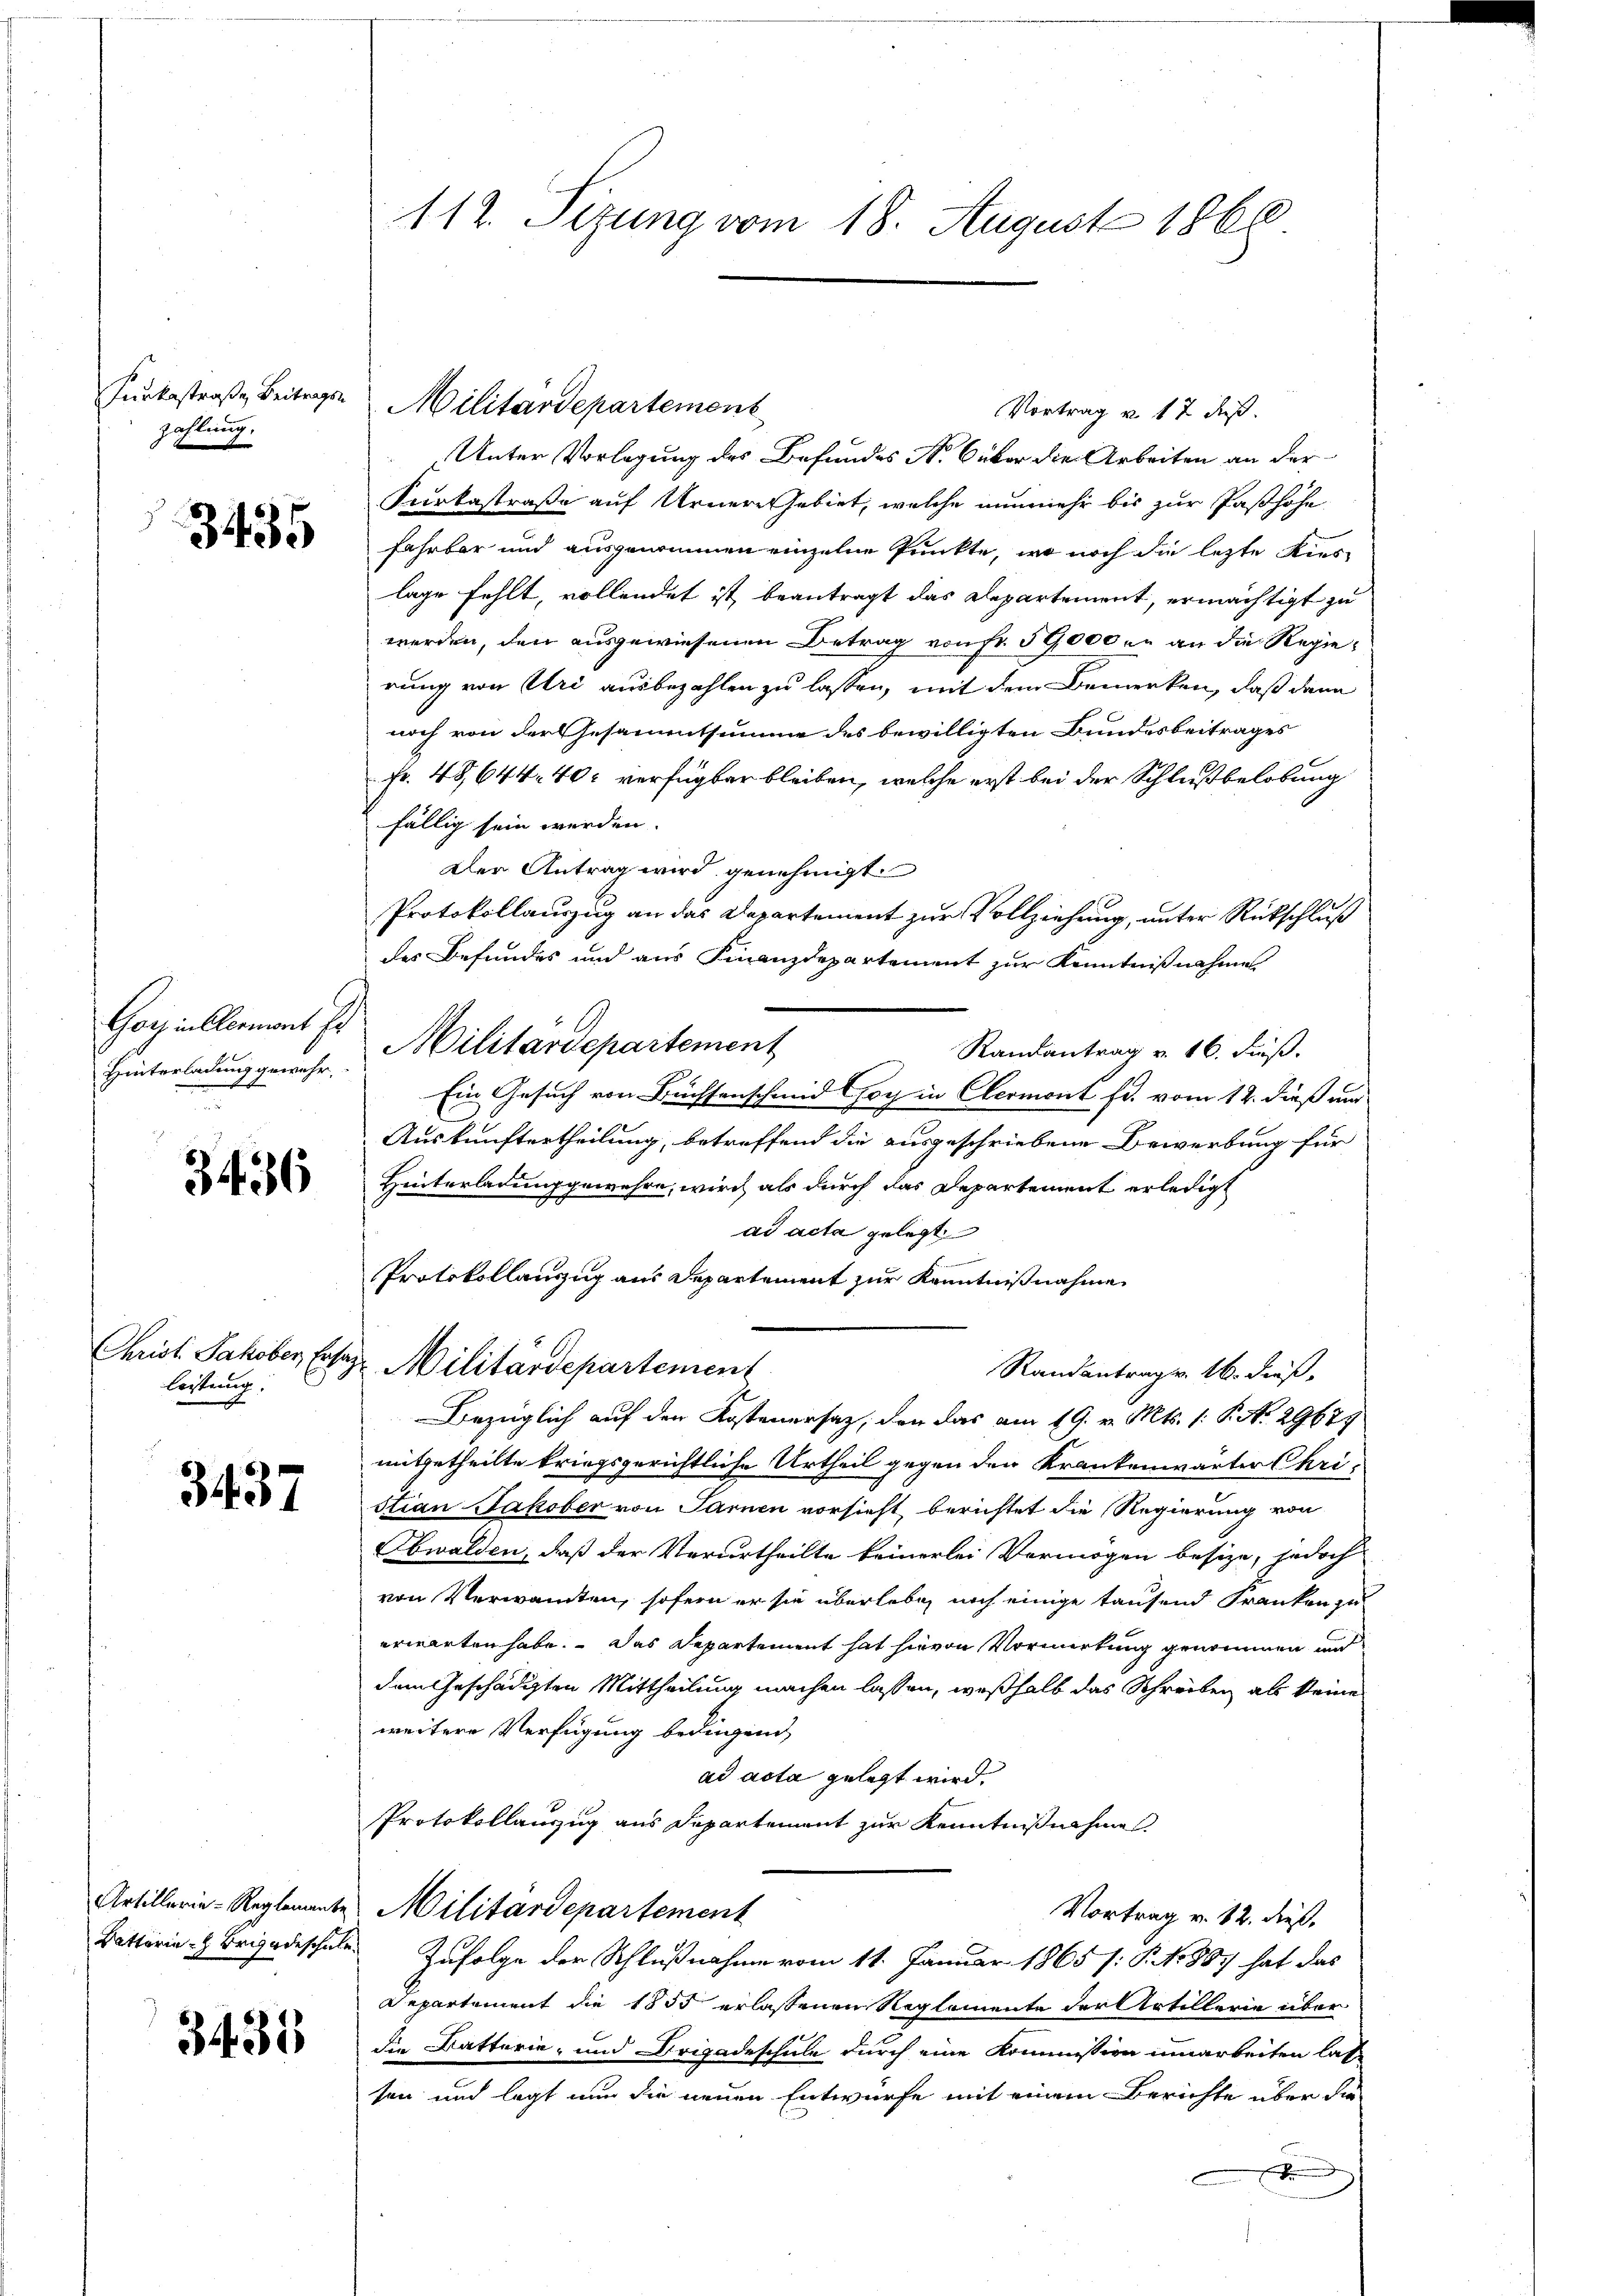
Junkestraße Beitrags
zahlung.

3435

Gorz in Clermont Er
Hinterladung gewehr,
e

3436

leistung.

3437

Artillerie-Reglemente
Battaria - Brigadeschule.

3435

112. Sizung vom 18. August 1866

Unter Vorlegung des Befundes N. über die Arbeiten an der
Kurkastraße auf Urnere Gebiet, welche nunmehr bis zur Passhöhe
Fahrbar und ausgenommen einzelne Punkte, wo noch die lezte Kieslage fehlt, vollendet ist beantragt das Departement, ermächtigt zu
werden, den ausgewiesenen Betrag von Fr. 59000 u. an die Regierung von Uri ausbezahlen zu lassen, mit dem Bemerken, daß dann
noch von der Gesammtsumme des bewilligten Bundesbeitrages
Fr. 48,644. 40. verfügbar bleiben, welche erst bei der Schlußbelobung
fällig sein werden.
Der Antrag wird genehmigt.
Protokollauszug an das Departement zur Vollziehung, unter Rückschluß
des Befundes und aus Finanzdepartement zur Kenntnißnahme
Militärdepartement
Randantrag v. 16. Fieß.
Ein Gesuch von Büchsenschmid Choch in Clermont fr. vom 12. dieß nur
Auskunftertheilung, betreffend die ausgeschriebene Bewerbung für
Hinterladung gewehre, wird als durch das Departement erledigt
ad acta gelegt
Protokollanzug aus Departement zur Kenntnißnahme
Christ. Jakober Erlage Militärdepartement
Randantrag v. 16. dieß,
Bezüglich auf den Kostenersatz, den das am 19. v. Mts. 1. P. No. 29679
mitgetheilte kriegsgerichtliche Urtheil gegen den Krankenwärter Chri-
stian Jakober von Sarnen vorsieht, berichtet die Regierung von
Obwalden, daß der Verurtheilte keinerlei Vermögen besize, jedoch
von Verwandten, sofern er sie überlebe, noch einige tausend Franken zu
erwarten habe. Das Departement hat hievon Vormirkung genommen und
dem Geschädigten Mittheilung machen lassen, weßhalb das Schreiben als keine
weitere Verfügung bedingend
ad acta gelegt wird.
Protokollauszug aus Departement zur Kenntnißnahme
Militärdepartement
Vortrag v. 12. dieß,
Zufolge der Schlußnahme vom 11. Januar 1865 s. S. No 807 hat das
Repartement die 1855 erlassenen Reglemente der Artillerie über
die Katterie- und Brigadeschule durch eine Kommission umarbeiten lasse
sen und legt nun die neuen Entwurfe mit einem Berichte über die
.

Militärdepartement

Vortrag u. 17 dieß.